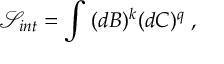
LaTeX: \mathcal { S } _ { i n t } = \int \; ( d B ) ^ { k } ( d C ) ^ { q } \; ,